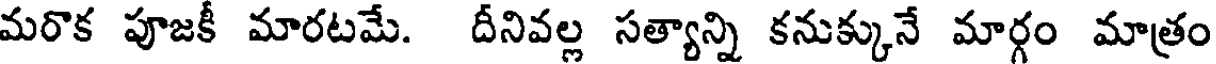
మరొక పూజకీ మారటమే. దీనివల్ల సత్యాన్ని కనుక్కునే మార్గం మాత్రం